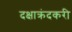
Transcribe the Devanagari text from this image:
दक्षाक्रंदकरी